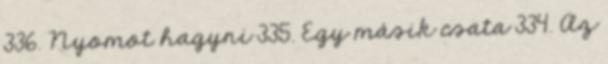
336. Nyomot hagyni 335. Egy másik csata 334. Az